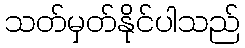
သတ်မှတ်နိုင်ပါသည်